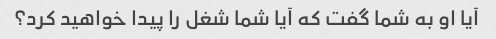
آیا او به شما گفت که آیا شما شغل را پیدا خواهید کرد؟